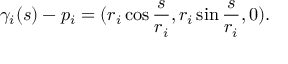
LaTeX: \gamma _ { i } ( s ) - p _ { i } = ( r _ { i } \cos { \frac { s } { r _ { i } } } , r _ { i } \sin { \frac { s } { r _ { i } } } , 0 ) .